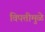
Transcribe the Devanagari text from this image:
विपत्तीमुळे